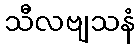
သီလဗျသနံ